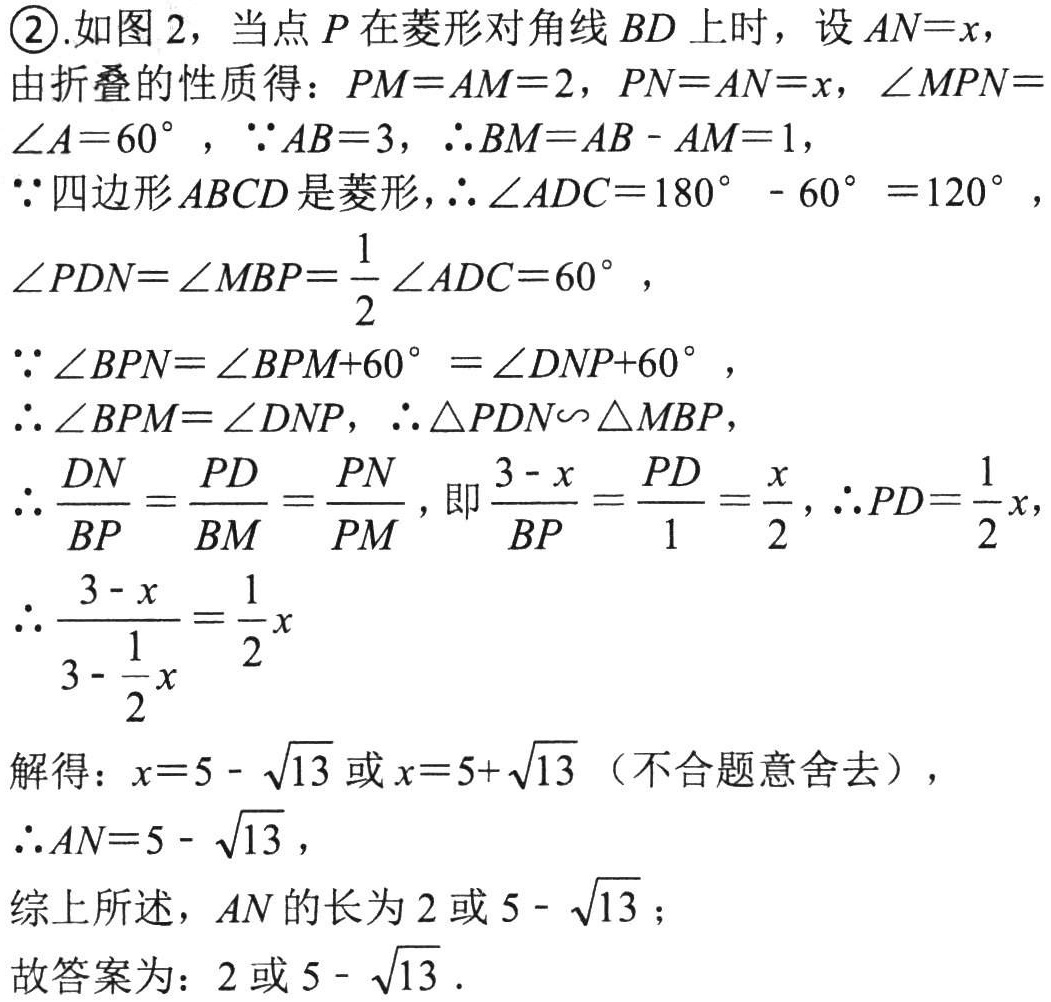
\textcircled{2}.如图 2，当点 \(P\) 在菱形对角线 \(BD\) 上时，设 \(AN = x\)，
由折叠的性质得：\(PM = AM = 2\)，\(PN = AN = x\)，\(\angle MPN=\angle A = 60^{\circ}\)，\(\because AB = 3\)，\(\therefore BM=AB - AM = 1\)，
\(\because\)四边形\(ABCD\)是菱形，\(\therefore\angle ADC = 180^{\circ}-60^{\circ}=120^{\circ}\)，
\(\angle PDN=\angle MBP=\frac{1}{2}\angle ADC = 60^{\circ}\)，
\(\because\angle BPN=\angle BPM + 60^{\circ}=\angle DNP+60^{\circ}\)，
\(\therefore\angle BPM=\angle DNP\)，\(\therefore\triangle PDN\backsim\triangle MBP\)，
\(\therefore\frac{DN}{BP}=\frac{PD}{BM}=\frac{PN}{PM}\)，即\(\frac{3 - x}{BP}=\frac{PD}{1}=\frac{x}{2}\)，\(\therefore PD=\frac{1}{2}x\)，
\(\therefore\frac{3 - x}{3-\frac{1}{2}x}=\frac{1}{2}x\)

解得：\(x = 5-\sqrt{13}\)或\(x = 5+\sqrt{13}\)（不合题意舍去），
\(\therefore AN=5 - \sqrt{13}\)，
综上所述，\(AN\)的长为\(2\)或\(5 - \sqrt{13}\)；
故答案为：\(2\)或\(5 - \sqrt{13}\).